Indian journal of veterinary science and animal husbandry - Volumes 26-27, 1956-1957
Year: 1956
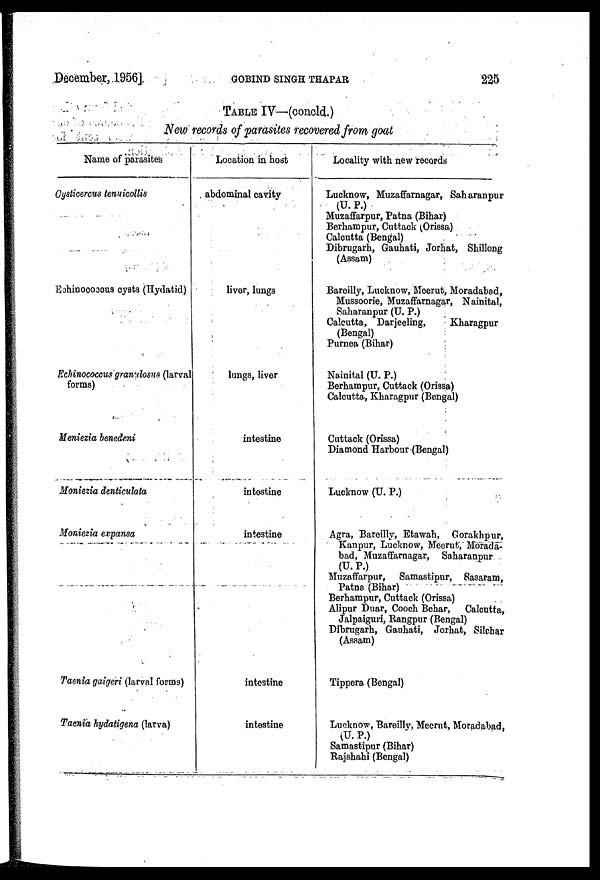
December, .1956]
GOBIND
SINGH
THAPAR
225
TABLE IV—(concld.)
New records of parasites recovered from goat
Name of parasites
Gysticercus tenuicollis
Echinococcus cysts (Hydatid)
Echinococcus granalosus (larval
forms)
Meniezia benedeni
Moniezia denticulata
Moniezia expansa
Taenia gaigeri (larval forms)
Taenia hydatigena (larva)
Location in host
abdominal cavity
liver, lungs
lungs, liver
intestine
intestine
intestine
intestine
intestine
Locality with new records
Lucknow, Muzaffarnagar, Saharanpur
(U. P.)
Muzaffarpur, Patna (Bihar)
Berhampur, Cuttack (Orissa)
Calcutta (Bengal)
Dibrugarh, Gauhati, Jorhat. Shillong
(Assam)
Bareilly, Lucknow, Meerut, Moradabad,
Mussoorie, Muzaffarnagar, Nainital,
Saharanpur (U. P.)
Calcutta, Darjeeling,
Kharagpur
(Bengal)
Purnea (Bihar)
Nainital (U. P.)
Berhampur, Cuttack (Orissa)
Calcutta, Kharagpur (Bengal)
Cuttack (Orissa)
Diamond Harbour (Bengal)
Lucknow (U. P.)
Agra, Bareilly, Etawah, Gorakhpur,
Kanpur, Lucknow, Meerut, Morada-
bad, Muzaffarnagar, Saharanpur
(U.P.)
Muzaffarpur, Samastipur, Sasaram,
Patna (Bihar)
Berhampur, Cuttack (Orissa)
Alipur Duar, Cooch Behar, Calcutta,
Jalpaiguri, Rangpur (Bengal)
Dibrugarh, Gauhati, Jorhat, Silchar
(Assam)
Tippera (Bengal)
Lucknow, Bareilly, Meerut, Moradabad.
(U.P.)
Samastipur (Bihar)
Rajshahi (Bengal)